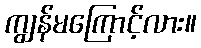
ကျွန်မကြောင့်လား။